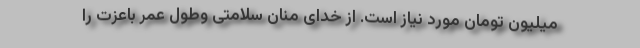
میلیون تومان مورد نیاز است. از خدای منان سلامتی وطول عمر باعزت را